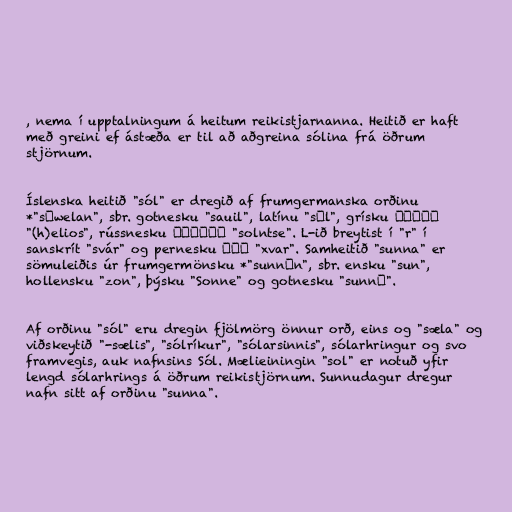
, nema í upptalningum á heitum reikistjarnanna. Heitið er haft
með greini ef ástæða er til að aðgreina sólina frá öðrum
stjörnum.

Íslenska heitið "sól" er dregið af frumgermanska orðinu
*"sōwelan", sbr. gotnesku "sauil", latínu "sōl", grísku ἥλιος
"(h)elios", rússnesku солнце "solntse". L-ið breytist í "r" í
sanskrít "svár" og pernesku خور "xvar". Samheitið "sunna" er
sömuleiðis úr frumgermönsku *"sunnōn", sbr. ensku "sun",
hollensku "zon", þýsku "Sonne" og gotnesku "sunnō".

Af orðinu "sól" eru dregin fjölmörg önnur orð, eins og "sæla" og
viðskeytið "-sælis", "sólríkur", "sólarsinnis", sólarhringur og svo
framvegis, auk nafnsins Sól. Mælieiningin "sol" er notuð yfir
lengd sólarhrings á öðrum reikistjörnum. Sunnudagur dregur
nafn sitt af orðinu "sunna".